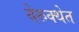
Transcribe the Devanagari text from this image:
वेरुक्थेत